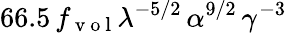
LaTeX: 66.5\, f_{\mathrm{~v~o~l~}}\lambda^{-5/2}\, \alpha^{9/2}\, \gamma^{-3}